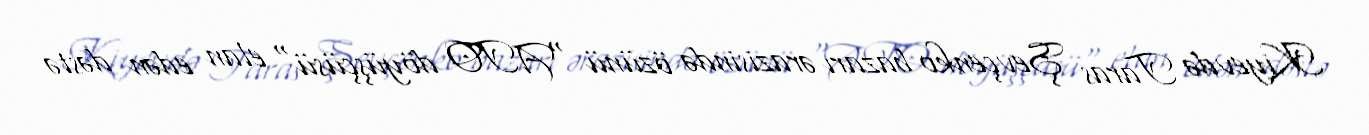
Kiyevdə Taras Şevçenko bazarı ərazisində özünü "ATO döyüşçüsü" elan edən dəstə